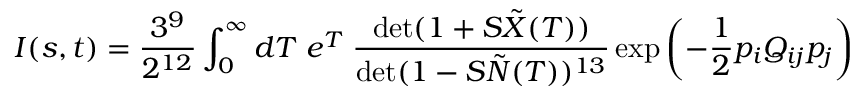
I ( s , t ) = \frac { 3 ^ { 9 } } { 2 ^ { 1 2 } } \int _ { 0 } ^ { \infty } d T \; e ^ { T } \; \frac { \operatorname * { d e t } ( 1 + S \tilde { X } ( T ) ) } { \operatorname * { d e t } ( 1 - S \tilde { N } ( T ) ) ^ { 1 3 } } \exp \left( - \frac { 1 } { 2 } p _ { i } Q _ { i j } p _ { j } \right)